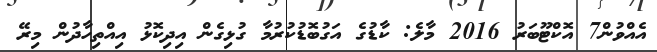
އެއްވުން7 އޮކްޓޫބަރު 2016 މާލެ: ކާޑުގެ އަގުބޮޑުކުރުމާ ގުޅިގެން އިދިކޮޅު އިއްތިހާދުން މިރޭ